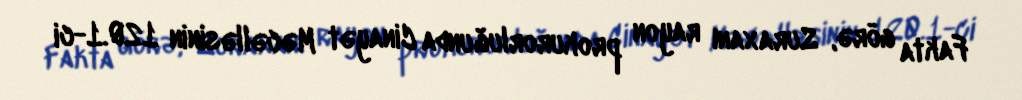
Fakta görə, Suraxanı rayon prokurorluğunda Cinayət Məcəlləsinin 120.1-ci